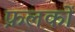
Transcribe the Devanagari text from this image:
फ़लकों